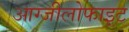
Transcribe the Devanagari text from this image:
आग्जीलोफाइट